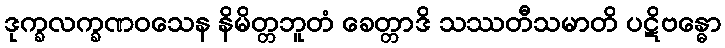
ဒုက္ခလက္ခဏဝသေန နိမိတ္တဘူတံ ခေတ္တာဒိ သဿတီသမာတိ ပဋိဗန္ဓော